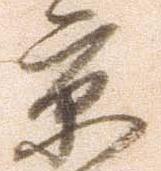
京